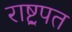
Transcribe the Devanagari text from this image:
राष्ट्रपत